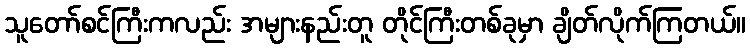
သူတော်စင်ကြီးကလည်း အများနည်းတူ တိုင်ကြီးတစ်ခုမှာ ချိတ်လိုက်ကြတယ်။